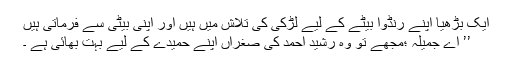
ایک بڑھیا اپنے رنڈوا بیٹے کے لیے لڑکی کی تلاش میں ہیں اور اپنی بیٹی سے فرماتی ہیں
’’ اے جمیلہ ؛مجھے تو وہ رشید احمد کی صغراں اپنے حمیدے کے لیے بہت بھائی ہے ۔